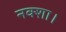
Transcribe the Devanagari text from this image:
नक्शा।